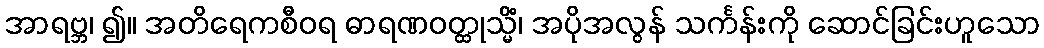
အာရဗ္ဘ၊ ၍။ အတိရေကစီဝရ ဓာရဏဝတ္ထုသ္မိံ၊ အပိုအလွန် သင်္ကန်းကို ဆောင်ခြင်းဟူသော